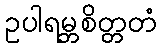
ဥပါရမ္ဘစိတ္တတံ